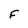
Character: f